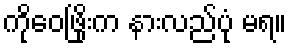
ကိုဝေဖြိုးက နားလည်ပုံ မရ။